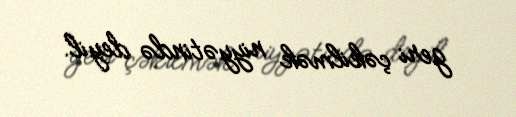
geri çəkilmək niyyətində deyil.